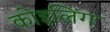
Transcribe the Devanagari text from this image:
कोइलिंग